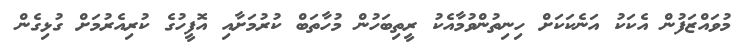
މުވައްޒަފުން އެކަކު އަނެކަކަށް ހިނިތުންވުމާއެކު ރީތިބަހުން މުހާތަބް ކުރުމަށާއި އޮފީހުގެ ކުރިއެރުމަށް ގުޅިގެން